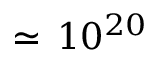
\simeq \, 1 0 ^ { 2 0 }